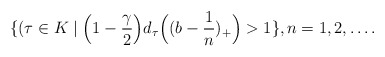
\begin{align*}\{(\tau\in K\mid \Big(1-\frac \gamma 2\Big)d_\tau\Big((b-\frac 1 n)_+\Big)>1\}, n=1,2,\dots.\end{align*}